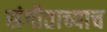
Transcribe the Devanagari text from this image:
संगीताच्याच